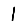
Digit: 1